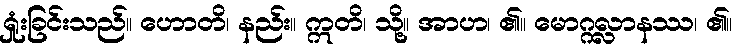
ရှုံးခြင်းသည်။ ဟောတိ၊ နည်း။ ဣတိ၊ သို့။ အာဟ၊ ၏။ မောဂ္ဂလ္လာနဿ၊ ၏။